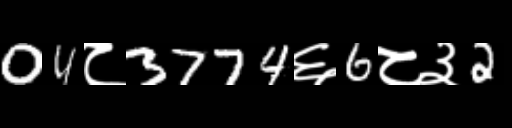
Text: 04८3774६6८३2